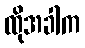
ထိုအခါက